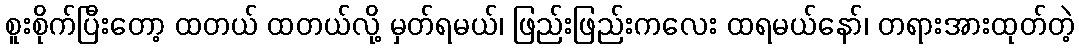
စူးစိုက်ပြီးတော့ ထတယ် ထတယ်လို့ မှတ်ရမယ်၊ ဖြည်းဖြည်းကလေး ထရမယ်နော်၊ တရားအားထုတ်တဲ့